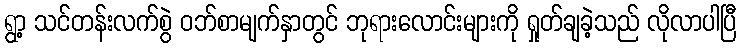
ရွာ့ သင်တန်းလက်စွဲ ဝဘ်စာမျက်နှာတွင် ဘုရားလောင်းများကို ရှုတ်ချခဲ့သည် လိုလာပါပြီ